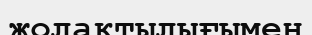
жолақтылығымен